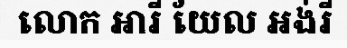
លោក អារី យែល អង់រី